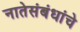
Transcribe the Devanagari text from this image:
नातेसंबंधांचे